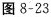
图8-23